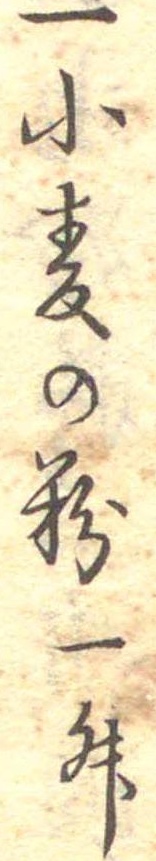
一小麦の粉一升